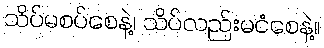
သိပ်မစပ်စေနဲ့၊ သိပ်လည်းမငံစေနဲ့။